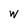
Character: w